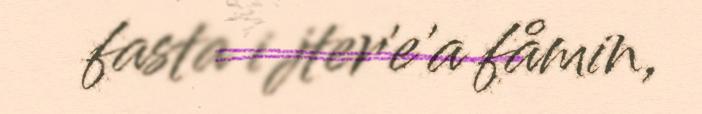
fasta i jter'e'a fåmin,